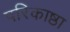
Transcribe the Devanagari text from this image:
परिकाष्ठा